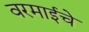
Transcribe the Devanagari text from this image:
वरमाईचे